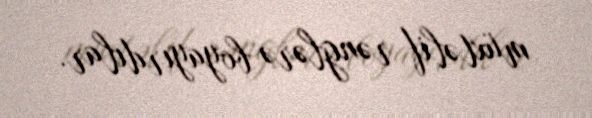
müxtəlif rənglərə boyayırdılar.